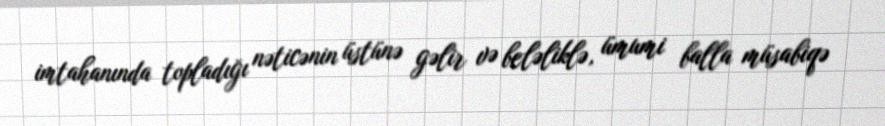
imtahanında topladığı nəticənin üstünə gəlir və beləliklə, ümumi balla müsabiqə